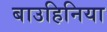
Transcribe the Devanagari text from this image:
बाउहिनिया